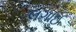
લગાઈ